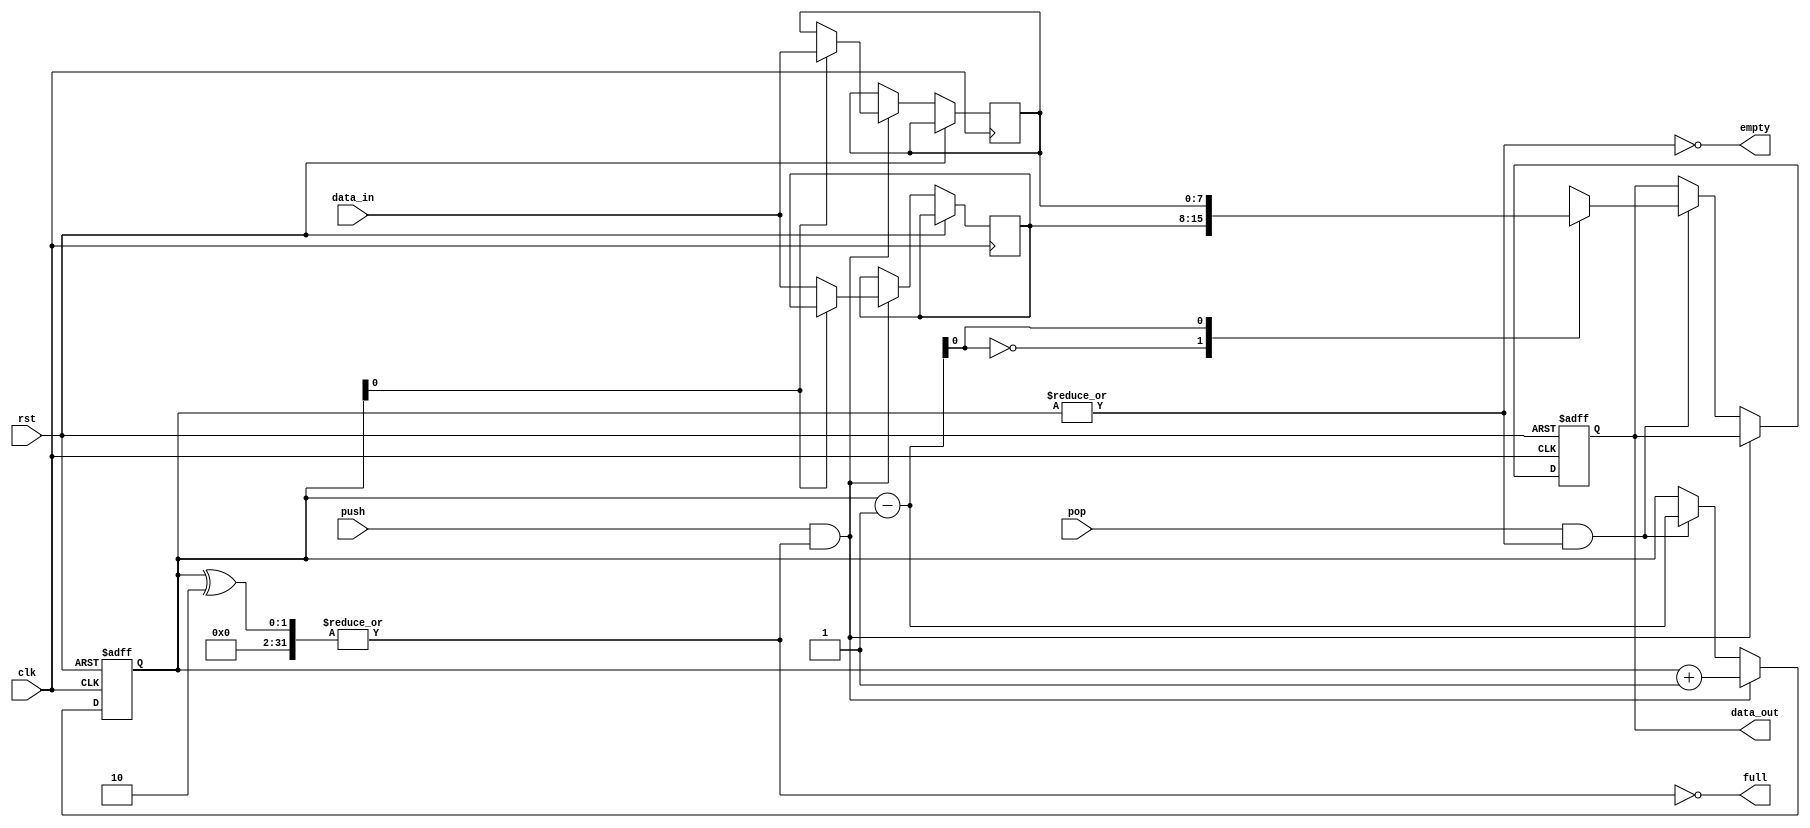
//! @title Register
//! @author taffarel55

//! Implementation of a stack with
//! asynchronous high-active reset,
//! write(push)/read(pop) synchronous to rising clock.
//! Ignores write when full and ignores read when empty.
//! The design is a queue with a LIFO protocol, parameterized for WIDTH and DEPTH.
//! Asynchronous reset and otherwise synchronized to a clock.

module stack #(
    parameter integer WIDTH = 8,      //! Stack width - num of bits
    parameter integer DEPTH = 2       //! Pointer depth - num of positions
  ) (
    output wire full,                 //! Full output pin
    output wire empty,                //! Empty output pin
    output reg [WIDTH-1:0] data_out,  //! Data out
    input wire [WIDTH-1:0] data_in,   //! Data in
    input wire clk,                   //! Clock pin
    input wire rst,                   //! Reset pin
    input wire pop,                   //! Pop pin (read)
    input wire push                   //! Push pin (write)
  );

  reg [WIDTH-1:0] lifo [0:DEPTH - 1]; //! Last In First Out queue
  reg [DEPTH - 1:0] pointer;          //! Stack pointer

  assign empty = !(|pointer);
  assign full = !(|(pointer ^ DEPTH));

  always @(posedge clk or posedge rst)
  begin : STACK
    if(rst)
    begin
      data_out <= {WIDTH{1'b0}};
      pointer <= 0;
    end
    else
    begin
      if(push && !full)
      begin
        lifo[pointer] <= data_in;
        pointer <= pointer + 1;
      end
      else if(pop && !empty)
      begin
        data_out <= lifo[pointer-1];
        pointer <= pointer - 1;
      end
    end
  end

endmodule